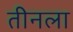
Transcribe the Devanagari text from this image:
तीनला